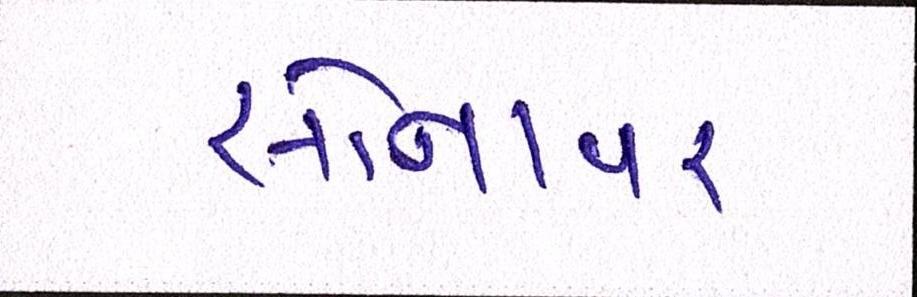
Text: સોનાવર